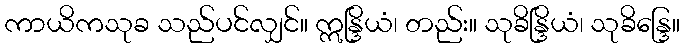
ကာယိကသုခ သည်ပင်လျှင်။ ဣန္ဒြိယံ၊ တည်း။ သုခိန္ဒြိယံ၊ သုခိန္ဒြေ။